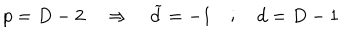
p = D - 2 \quad \Rightarrow \quad \widetilde { d } = - 1 \quad ; \quad d = D - 1